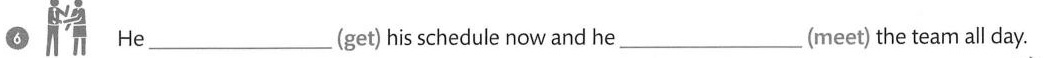
6 He ___ (get) his schedule nowand he ___ (meet) the team all day.